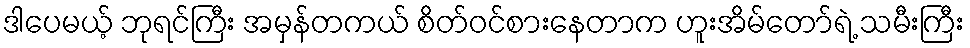
ဒါပေမယ့် ဘုရင်ကြီး အမှန်တကယ် စိတ်ဝင်စားနေတာက ဟူးအိမ်တော်ရဲ့ သမီးကြီး